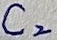
Text: C2